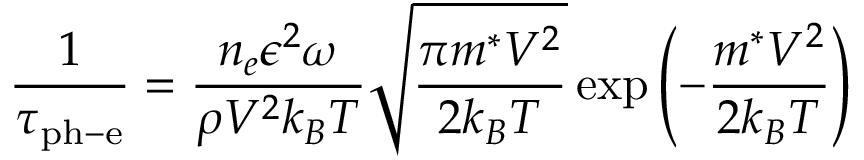
{ \frac { 1 } { \tau _ { \mathrm { p h - e } } } } = { \frac { n _ { e } \epsilon ^ { 2 } \omega } { \rho V ^ { 2 } k _ { B } T } } { \sqrt { \frac { \pi m ^ { * } V ^ { 2 } } { 2 k _ { B } T } } } \exp \left( - { \frac { m ^ { * } V ^ { 2 } } { 2 k _ { B } T } } \right)